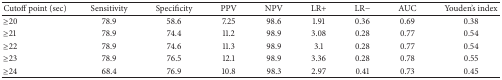
| Cutoff point (sec) | Sensitivity | Specificity | PPV | NPV | LR+ | LR− | AUC | Youden's index |
 | --- | --- | --- | --- | --- | --- | --- | --- | --- |
 | ≥20 | 78.9 | 58.6 | 7.25 | 98.6 | 1.91 | 0.36 | 0.69 | 0.38 |
 | ≥21 | 78.9 | 74.4 | 11.2 | 98.9 | 3.08 | 0.28 | 0.77 | 0.54 |
 | ≥22 | 78.9 | 74.6 | 11.3 | 98.9 | 3.1 | 0.28 | 0.77 | 0.54 |
 | ≥23 | 78.9 | 76.5 | 12.1 | 98.9 | 3.36 | 0.28 | 0.78 | 0.55 |
 | ≥24 | 68.4 | 76.9 | 10.8 | 98.3 | 2.97 | 0.41 | 0.73 | 0.45 |